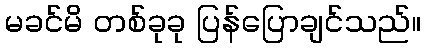
မခင်မိ တစ်ခုခု ပြန်ပြောချင်သည်။